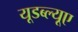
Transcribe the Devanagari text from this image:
यूडब्ल्यूए